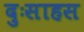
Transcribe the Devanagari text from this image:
दुःसाहस